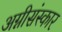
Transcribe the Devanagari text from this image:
अग्नीसंस्कार